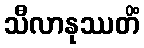
သီလာနုဿတိံ